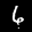
Label: 6